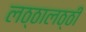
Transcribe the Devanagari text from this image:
लठ्ठालठ्ठी